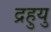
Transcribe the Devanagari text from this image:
द्रहुयु